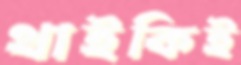
থাইকিই